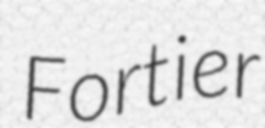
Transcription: Fortier